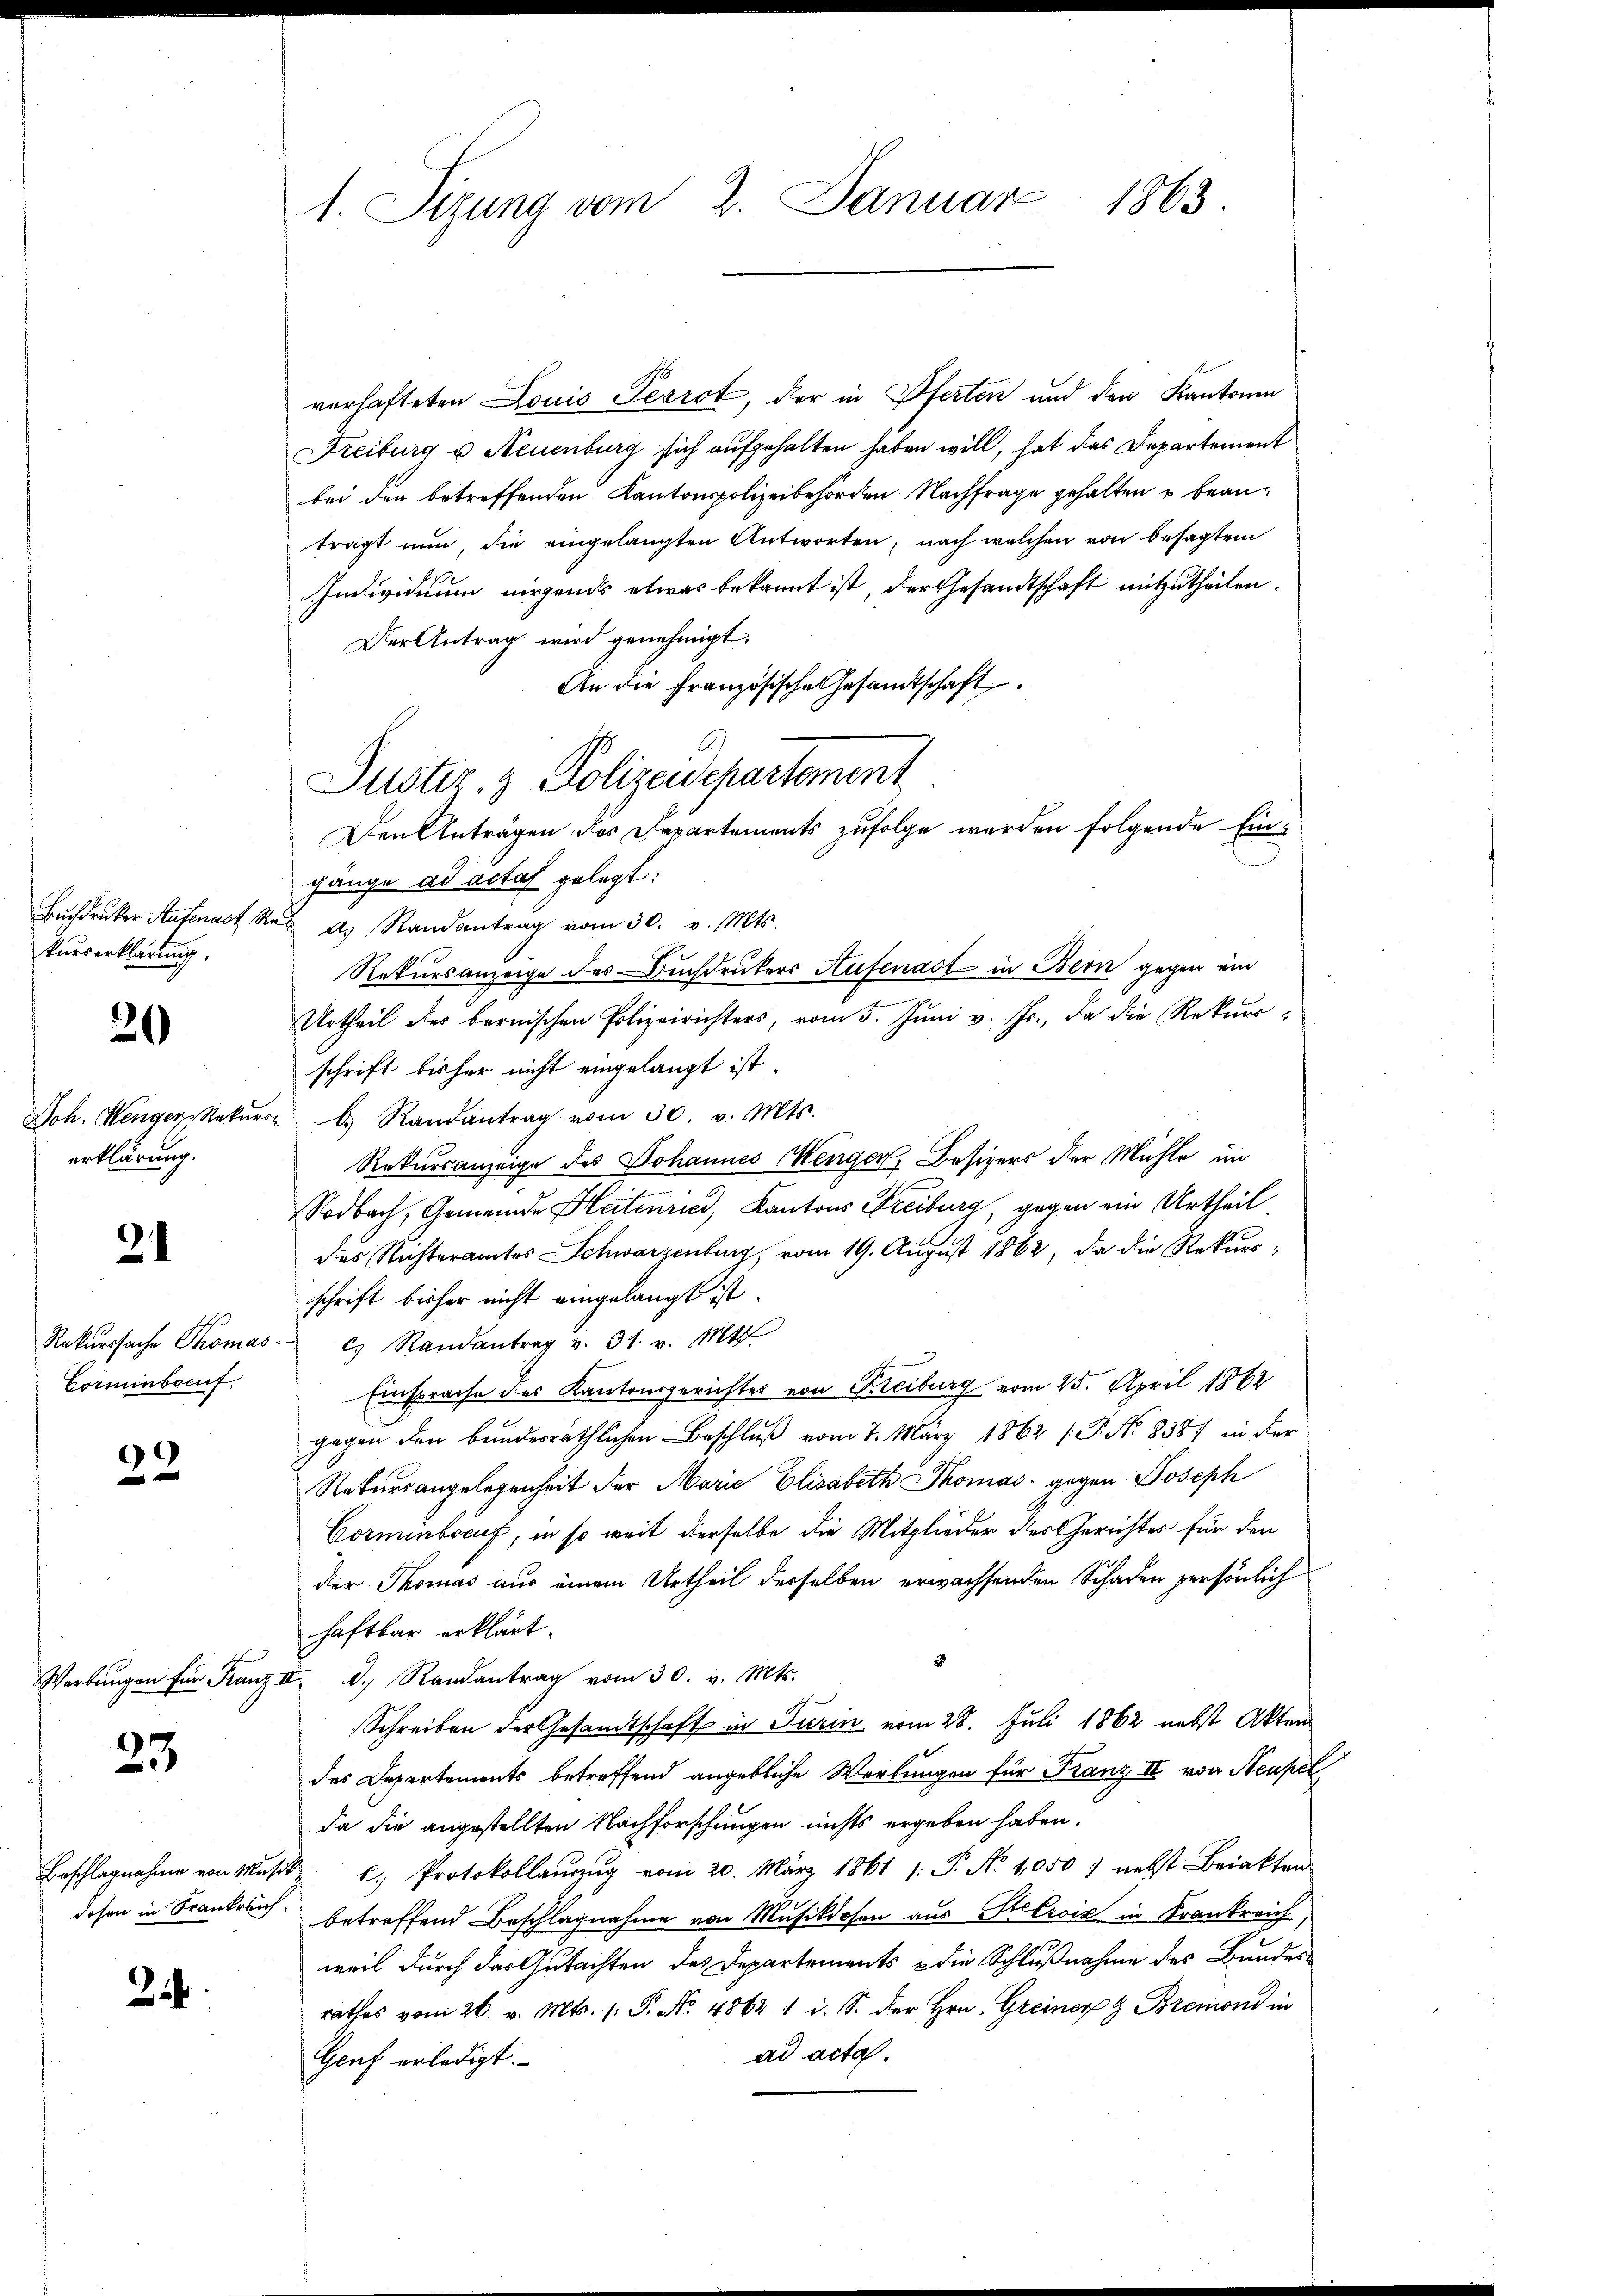
kurserklärung.

20

erklärung.

21

Corminbocuf

22

23

24

1. Sizung vom 2. Januar 1863.

verhafteten Louis Pesrot, der in Pferten und den Kantonen
Freiburg u Neuenburg sich aufgehalten haben will, hat das Departement
bei den betreffenden Kantonspolizeibehörden Nachfrage gehalten u beanträgt nun, die eingelangten Antworten, nach welchen von besagtem
Individuum nirgends etwas bekannt ist, der Gesandtschaft mitzutheilen.
Der Antrag wird genehmigt.
An die Französische Gesandtschaft
Den Anträgen des Departements zufolge werden folgende Eingänge ad acta gelegt:
Buchdruker Aufenast Re a. Randantrag vom 30. v. Mts.
Rekursanzeige des Buchdruckers Aufenast in Bern gegen ein
Urtheil des bernischen Polizeirichters, vom 5. Juni v. Js., da die Rekursschrift bisher nicht eingelangt ist.
Joh. Wenger Rekŭrr  Randantrag vom 30. v. Mts.
Rekursanzeige des Johannes Menger, Besizers der Mühle im
Sodbach, Gemeinde Heitenried, Kantons Freiburg, gegen ein Urtheil
das Richteramtes Schwarzenburg, vom 19. August 1862, da die Rekursschrift bisher nicht eingelangt ist.
Rekurssache Thomas  Randantrag v. 31. v. Mts.
Einsprache des Kantonsgerichtes von Kreiburg vom 25. April 1862
gegen der bunderräthlichen Beschluß vom 7. März 1862 / P. No 8387 in der
Rekursangelegenheit der Marie Elisabeth Thomas gegen Joseph
Corminbocuf, in so weit derselbe die Mitglieder der Gerichtes für den
der Thomas aus einem Urtheil derselben erwachsenden Schaden persönlich
haftbar erklärt.
Werbŭngen für Franz II 3. Randantrag vom 30. v. Mts.
Schreiben der Gesandtschaft in Turin vom 28. Juli 1862 nebst Akten
des Departements betreffend angebliche Werbungen für Franz II von Neapel
da die angestellten Nachforschungen nichts ergeben haben.
Beschlagnahme von Mŭsikl. Protokollanzŭg vom 20. März 1861 /: P. No 1050, nebst Briakten
dosen in Frankr. betreffend Beschlagnahme von Musikdosen aus Stecrois in Krankreich,
weil durch das Gutachten des Departements & die Schlußnahme des Bundesrathes vom 26. v. Mts. 1. P. No. 4862. 1 d. S. der Hrn. Greiner & Bremond in
ad acta.
Genf erledigt.

Justiz- & Polizeidepartement